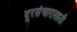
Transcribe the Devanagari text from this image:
दूरसंचारासाठी